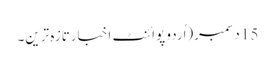
15 دسمبر(اُردو پوائنٹ اخبارتازہ ترین۔